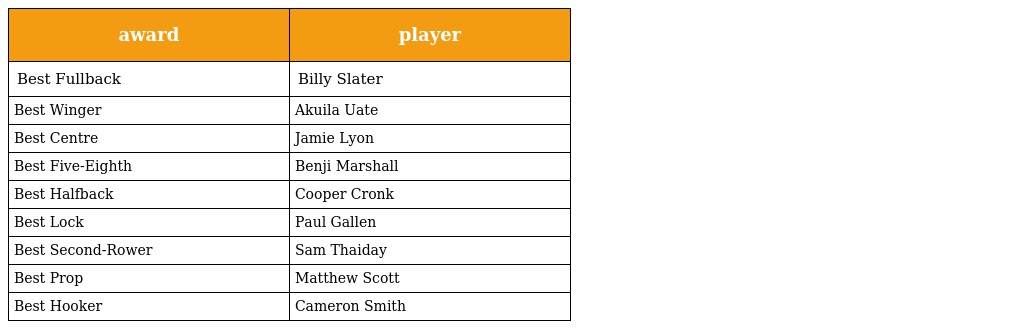
| award | player |
 | --- | --- |
 | Best Fullback | Billy Slater |
 | Best Winger | Akuila Uate |
 | Best Centre | Jamie Lyon |
 | Best Five-Eighth | Benji Marshall |
 | Best Halfback | Cooper Cronk |
 | Best Lock | Paul Gallen |
 | Best Second-Rower | Sam Thaiday |
 | Best Prop | Matthew Scott |
 | Best Hooker | Cameron Smith |